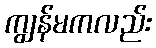
ကျွန်မကလည်း